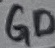
Text: GD